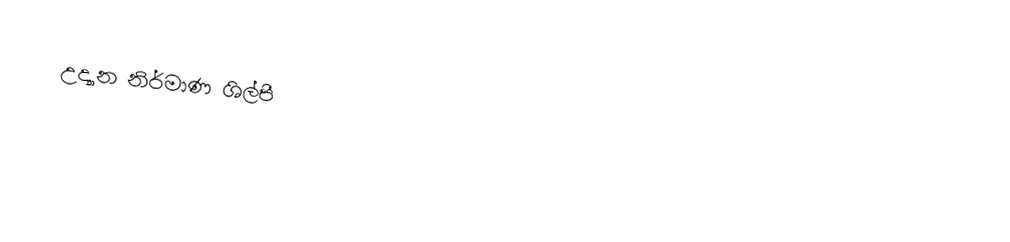
උද්‍යාන නිර්මාණ ශිල්පී